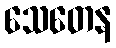
သေတေန